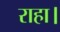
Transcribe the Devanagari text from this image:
राहा।